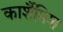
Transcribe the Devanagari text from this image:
कार्शैमिश